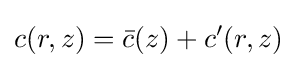
c(r,z)={\bar {c}}(z)+c'(r,z)